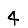
Digit: 4